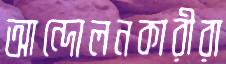
আন্দোলনকারীরা